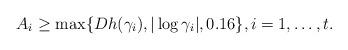
LaTeX: \begin{align*}A_i\geq \max\{Dh(\gamma_i),|\log \gamma_i|, 0.16\}, i=1,\ldots,t.\end{align*}